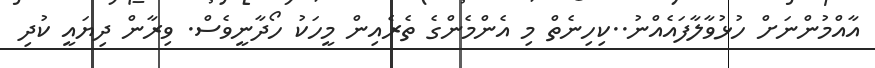
އާއްމުންނަށް ހުޅުވާލާފައެއްނު..ކިހިނެތް މި އެންމެންގެ ތެރެއިން މީހަކު ހޯދާނީވެސް. ވިރާން ދިޔައީ ކުދި